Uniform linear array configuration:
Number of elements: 48
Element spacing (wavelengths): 0.75
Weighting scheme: exponential
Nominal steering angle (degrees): -45
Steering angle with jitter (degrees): -43.69
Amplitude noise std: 0.05
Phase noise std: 0.05

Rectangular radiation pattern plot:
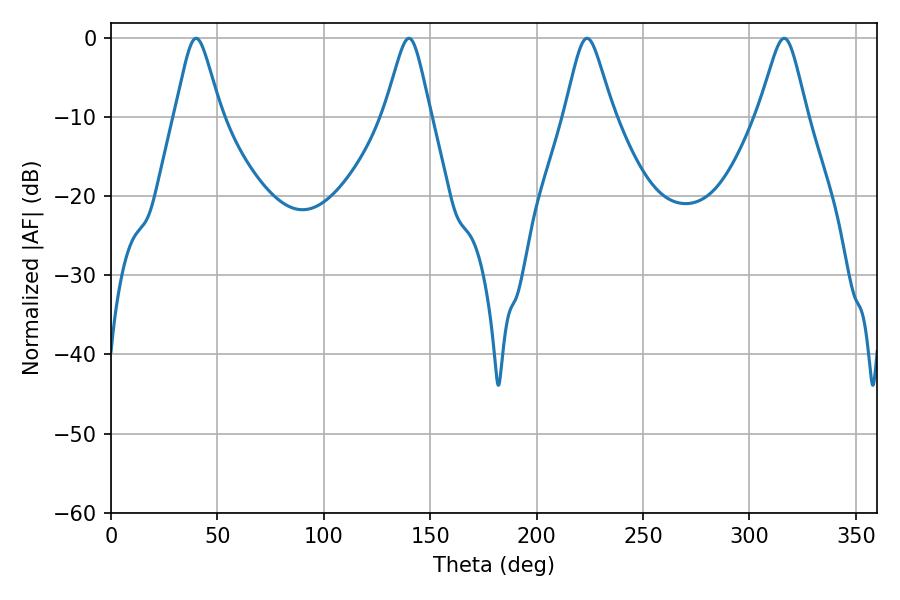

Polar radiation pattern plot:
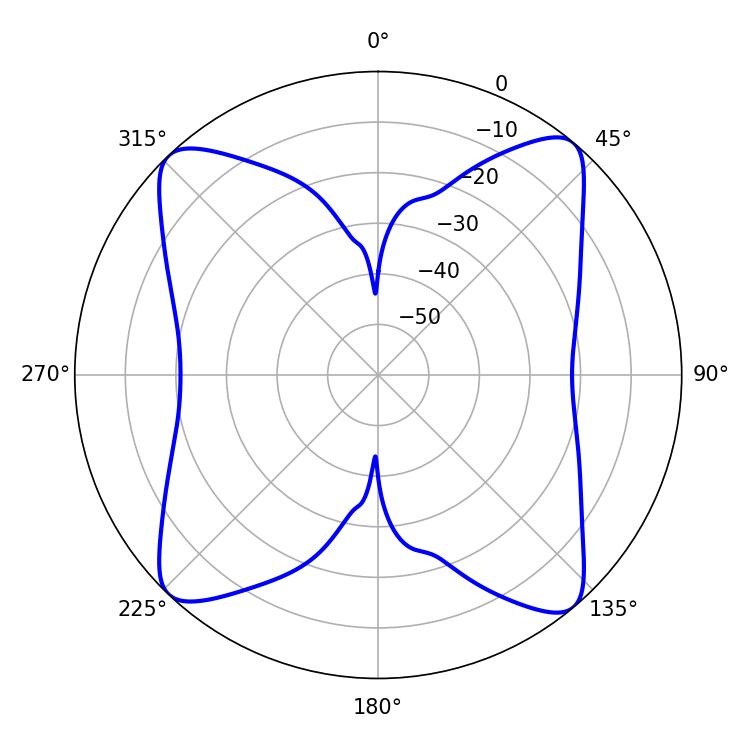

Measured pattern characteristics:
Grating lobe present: TRUE
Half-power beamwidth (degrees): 10.26
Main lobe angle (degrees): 39.96